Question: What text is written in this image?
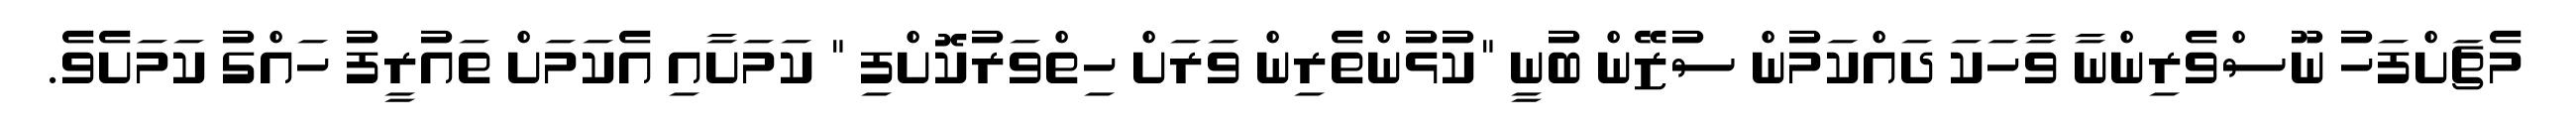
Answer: މެޗަށްފަހު ނޫސްވެރިންނާ ވާހަކަ ދައްކަމުން ސުޒޭން ބުނީ "ކުޅުންތެރިން ވަރަށް ހިތްވަރުކޮށްފި " ކަމަށާއި އެކަމަށް ތައުރީފު ހައްގު ކަމަށެވެ.